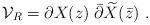
LaTeX: \begin{align*}{\cal V}_R = \partial X(z)\; \bar\partial\widetilde{X}(\bar z)~.\end{align*}